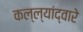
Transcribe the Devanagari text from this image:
कल्ल्यांद्वारे